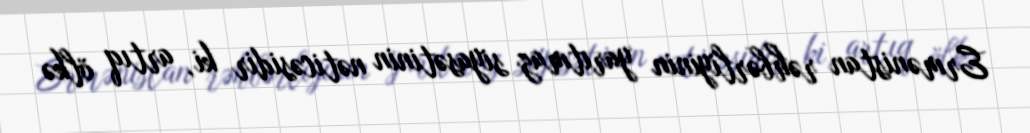
Ermənistan rəhbərliyinin yarıtmaz siyasətinin nəticəsidir ki, artıq ölkə